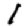
Digit: 1